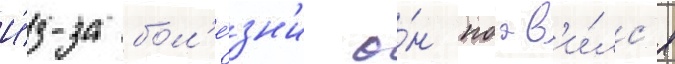
И́з-за бол'е́зн'и о́н поав'и́лс'я